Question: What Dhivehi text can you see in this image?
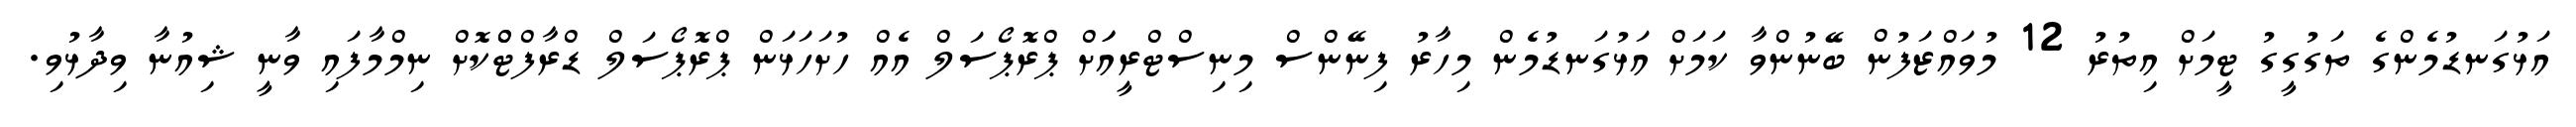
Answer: އަޅުގަނޑުމެންގެ ތަގުގީގު ޓީމަށް އިތުރު 12 މުވައްޒަފުން ބޭނުންވާ ކަމަށް އަޅުގަނޑުމެން މިހާރު ފިނޭންސް މިނިސްޓްރީއަަށް ޕްރޮޕޯސަލް އެއް ހުށަހަޅަން ޕްރޮޕޯސަލް ޑްރާފްޓްްކޮށް ނިމްމާފައި ވާނީ ޝިއުނާ ވިދާޅުވި.